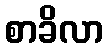
စာခိလာ